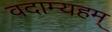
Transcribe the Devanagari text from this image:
वदाम्यहम्